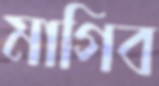
মাগিব